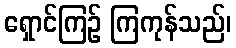
ရှောင်ကြဉ် ကြကုန်သည်၊